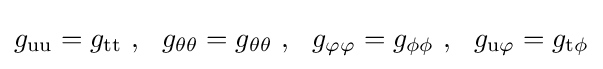
g_{\rm {uu}}=g_{\rm {tt}}\ ,\ \ g_{\theta \theta }=g_{\theta \theta }\ ,\ \ g_{\rm {\varphi \varphi }}=g_{\rm {\phi \phi }}\ ,\ \ g_{\rm {u\varphi }}=g_{\rm {t\phi }}